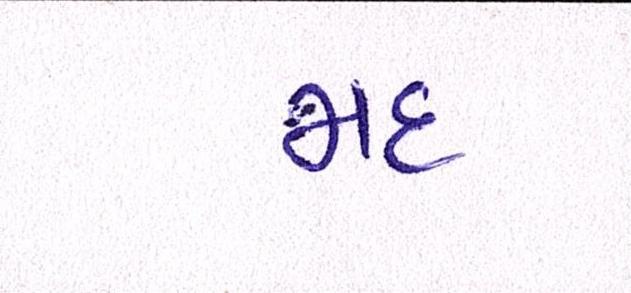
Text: મદ